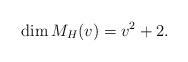
LaTeX: \begin{align*}\dim M_H(v) =v^2+2.\end{align*}